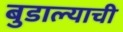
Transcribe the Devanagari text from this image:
बुडाल्याची